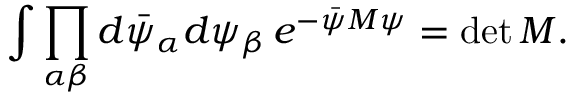
\int \prod _ { \alpha \beta } d \bar { \psi } _ { \alpha } d \psi _ { \beta } \, e ^ { - \bar { \psi } M \psi } = \operatorname * { d e t } M .